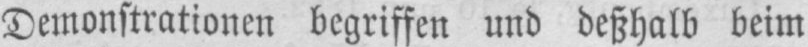
Demonstrationen begriffen und deßhalb beim